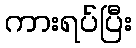
ကားရပ်ပြီး